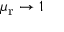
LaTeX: \mu _ { \mathrm { r } } \rightarrow 1